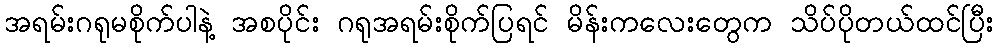
အရမ်းဂရုမစိုက်ပါနဲ့ အစပိုင်း ဂရုအရမ်းစိုက်ပြရင် မိန်းကလေးတွေက သိပ်ပိုတယ်ထင်ပြီး